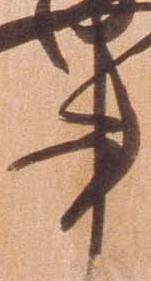
事